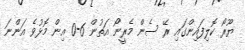
ޔޫރޯ ކޮލިފައިންގައި ރޭ ސެން މެރީނޯ އަތުން 6-0 އިން މޮޅުވެ އަންނަ